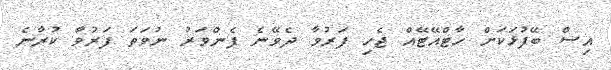
އިސް ބޭފުޅަކަށް ހާޓްއޭޓޭއް ޖެހި ފަރުވާ ދެވޭނެ ފެންވަރު ނުވަތަ ފަރުވާ ކުރާނެ